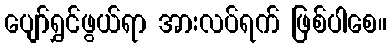
ပျော်ရွှင်ဖွယ်ရာ အားလပ်ရက် ဖြစ်ပါစေ။